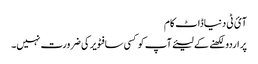
آئ ٹی دنیاڈاٹ کام
پر اردو لکھنے کے لیئےآپ کو کسی سافٹویر کی ضرورت نہیں۔